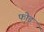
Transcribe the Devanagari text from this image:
फो़ड